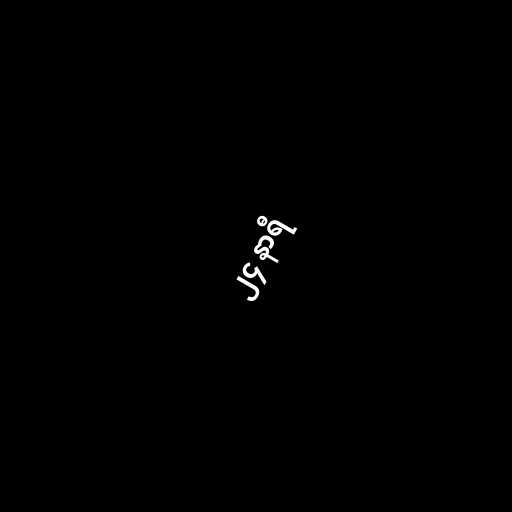
၂၄ နာရီ